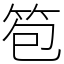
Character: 笣